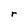
Character: r